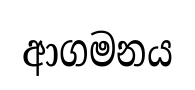
ආගමනය